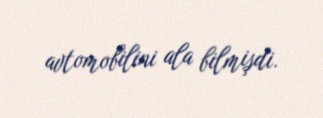
avtomobilini ala bilmişdi.